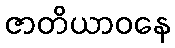
ဇာတိယာဝနေ